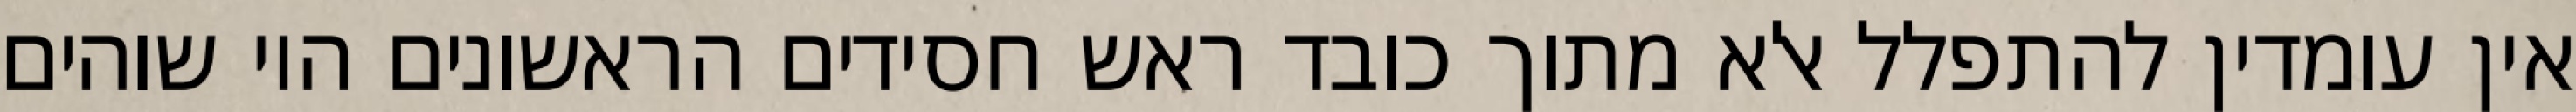
אין עומדין להתפלל אלא מתוך כובד ראש חסידים הראשונים היו שוהים